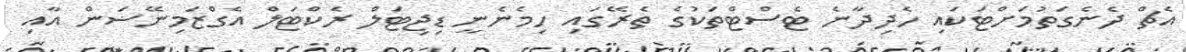
އެޗް ދެނެގަތުމަށްޓަކައި ހެދިދާނެ ޓެސްޓްތަކުގެ ތެރޭގައި ހިމެނެނީ ޑިޖިޓަލް ރެކްޓަލް އެގްޒަމިނޭޟަން އާއި